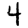
Digit: 4